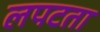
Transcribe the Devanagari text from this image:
लपटता